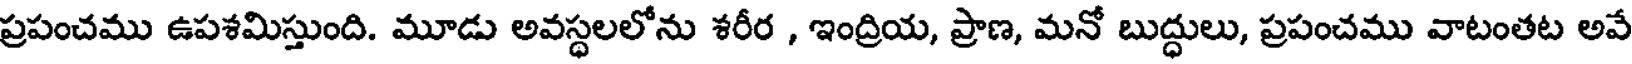
ప్రపంచము ఉపశమిస్తుంది. మూడు అవస్థలలోను శరీర , ఇంద్రియ, ప్రాణ, మనో బుద్ధులు, ప్రపంచము వాటంతట అవే